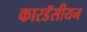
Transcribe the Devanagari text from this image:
कारडॅसीयन